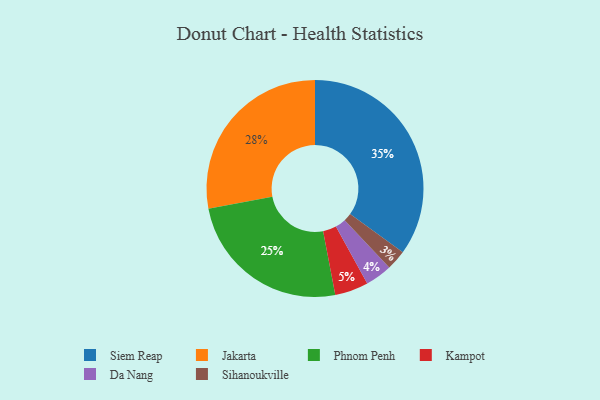
{"axis": {"x": "Category", "y": "Percentage"}, "legend": ["Da Nang", "Jakarta", "Kampot", "Phnom Penh", "Siem Reap", "Sihanoukville"], "data": [{"x": "Da Nang", "y": 4, "type": "Da Nang"}, {"x": "Siem Reap", "y": 35, "type": "Siem Reap"}, {"x": "Phnom Penh", "y": 25, "type": "Phnom Penh"}, {"x": "Sihanoukville", "y": 3, "type": "Sihanoukville"}, {"x": "Jakarta", "y": 28, "type": "Jakarta"}, {"x": "Kampot", "y": 5, "type": "Kampot"}]}